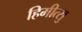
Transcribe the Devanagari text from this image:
हिमीत्सु